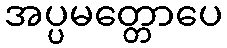
အပ္ပမတ္တောပေ